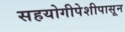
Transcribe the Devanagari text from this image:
सहयोगीपेशीपासून